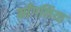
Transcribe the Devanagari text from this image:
माँगलिया